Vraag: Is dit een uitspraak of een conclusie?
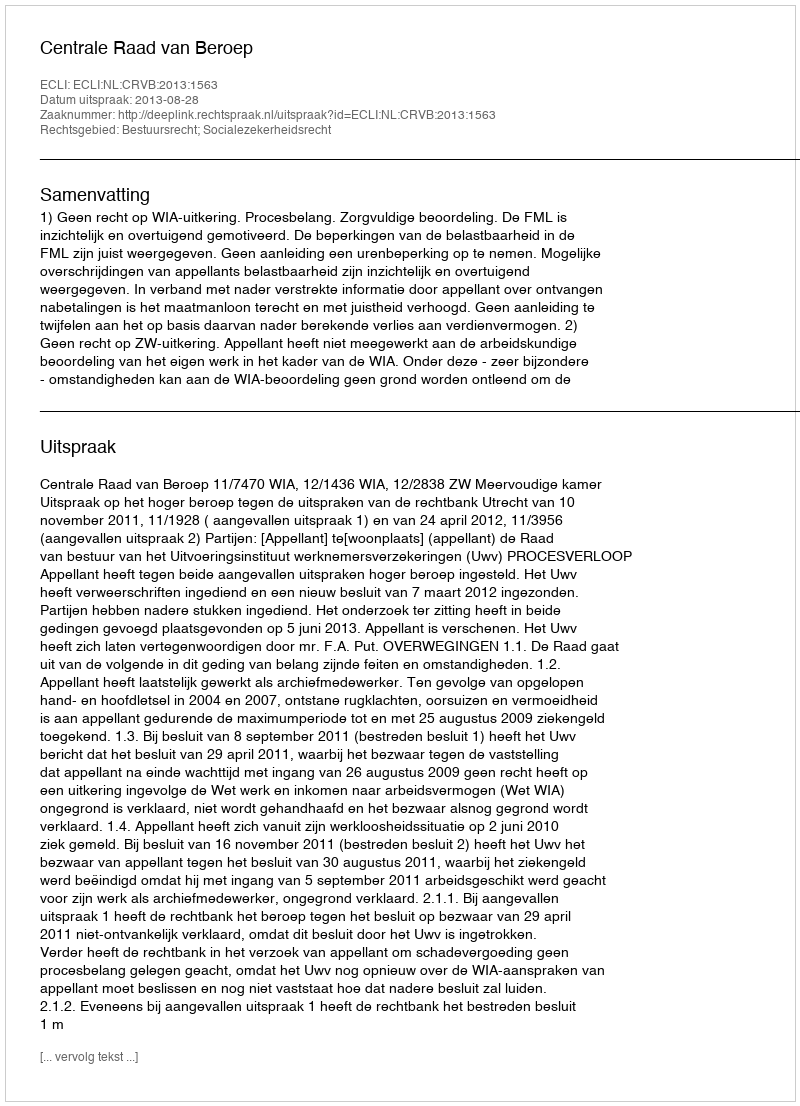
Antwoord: Uitspraak